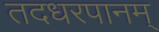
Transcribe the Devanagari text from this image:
तदधरपानम्